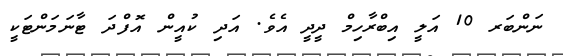
ނަންބަރ 10 އަލީ އިބްރާހިމް ދީދީ އެވެ. އަދި ކުއީން އޮފްދަ ޓާނަމަންޓަކީ